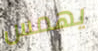
يهمس